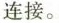
连接。